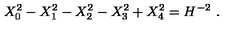
X _ { 0 } ^ { 2 } - X _ { 1 } ^ { 2 } - X _ { 2 } ^ { 2 } - X _ { 3 } ^ { 2 } + X _ { 4 } ^ { 2 } = H ^ { - 2 } \ .